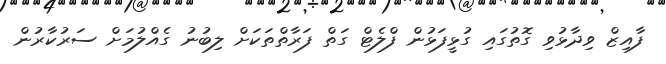
ފާއިޒް ވިދާޅުވި ގޮތުގައި ގުޅީފަޅުން ފްލެޓް ގަތް ފަރާތްތަކަށް ލިބުނު ގެއްލުމަށް ސަރުކާރުން